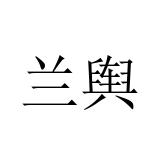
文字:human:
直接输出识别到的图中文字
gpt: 兰舆